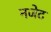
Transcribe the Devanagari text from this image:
नजेट